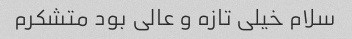
سلام خیلی تازه و عالی بود متشکرم